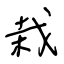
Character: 栽